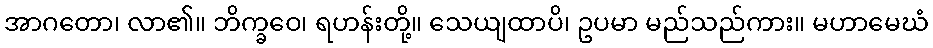
အာဂတော၊ လာ၏။ ဘိက္ခဝေ၊ ရဟန်းတို့။ သေယျထာပိ၊ ဥပမာ မည်သည်ကား။ မဟာမေဃံ